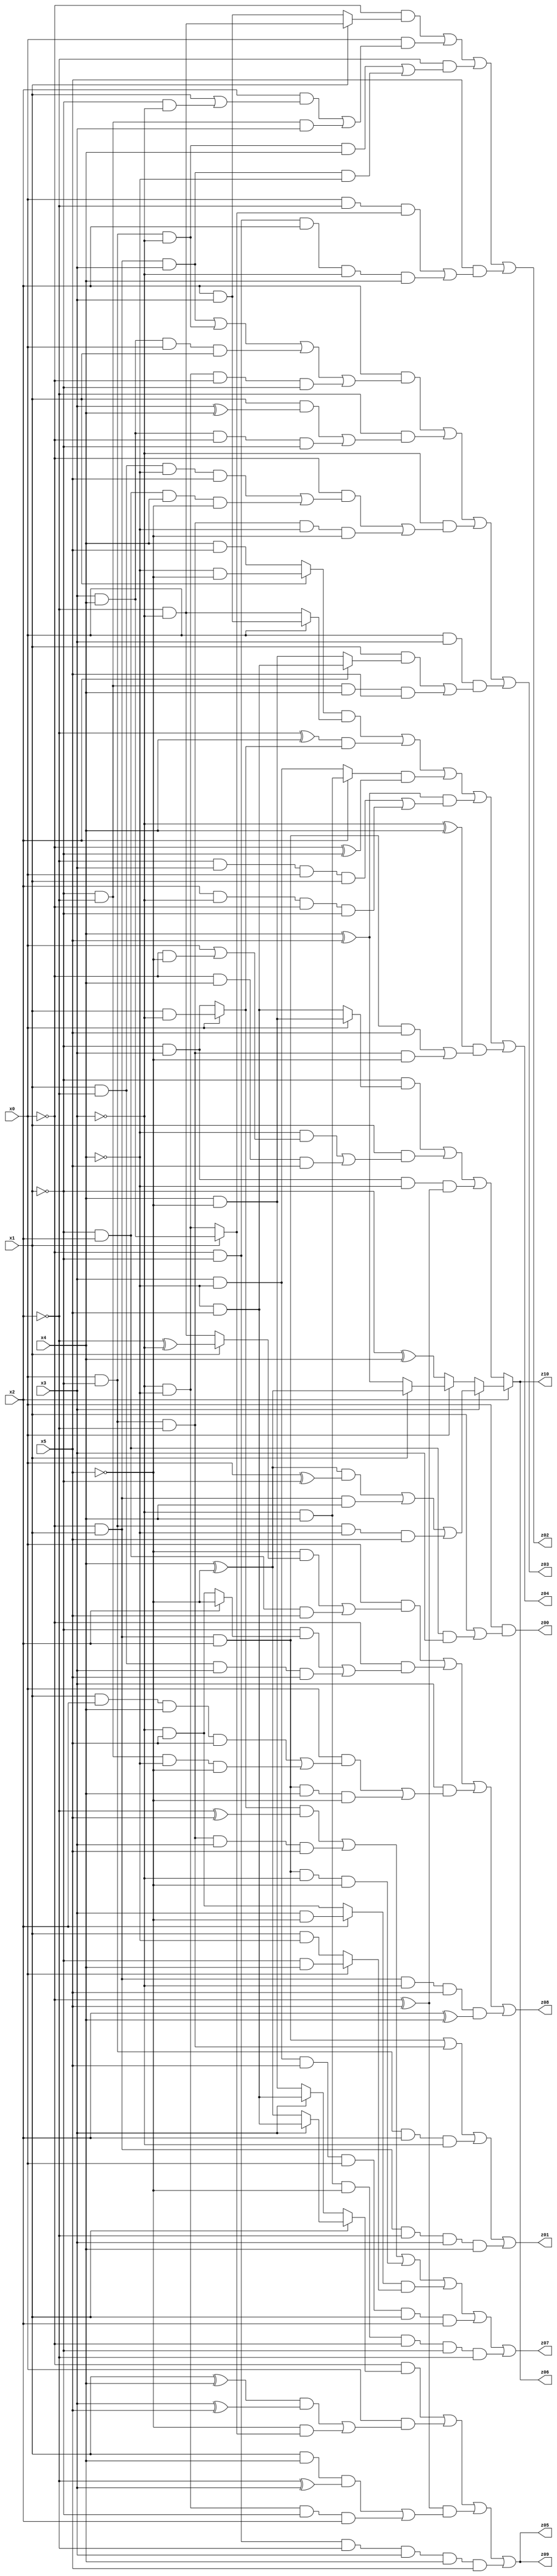
// Benchmark "q_1" written by ABC on Tue Jul 11 01:51:32 2023

module q_1 ( 
    x0, x1, x2, x3, x4, x5,
    z00, z01, z02, z03, z04, z05, z06, z07, z08, z09, z10  );
  input  x0, x1, x2, x3, x4, x5;
  output z00, z01, z02, z03, z04, z05, z06, z07, z08, z09, z10;
  assign z00 = x0 & (x1 | (~x1 & x2 & x3));
  assign z01 = (~x0 & x1 & x2) | (x0 & ~x1 & ~x2) | (x0 & ~x1 & x2 & ~x3) | (~x0 & x1 & ~x2 & x3 & x4);
  assign z02 = (~x0 & (x1 ? (~x2 & ~x3) : (x2 & x3))) | (x0 & ((x2 & (x1 | (~x1 & ~x3))) | (~x1 & ~x2 & x3))) | (~x2 & ((x0 & ~x1 & ~x3 & x4) | (~x0 & x1 & x3 & ~x4))) | (x5 & ((x0 & ~x2 & (x1 ? (x3 & x4) : (~x3 & ~x4))) | (~x0 & ~x1 & x2 & ~x3 & x4)));
  assign z03 = (x2 & ((~x0 & x1 & x3) | (x0 & ~x1 & ~x3) | (x3 & x4 & x0 & x1) | (~x3 & ~x4 & ~x0 & ~x1))) | (~x2 & ((x1 & (x3 ^ x4)) | (x3 & x4 & ~x0 & ~x1))) | (~x3 & ((~x0 & ((x1 & ~x2 & ~x4 & x5) | (~x1 & x2 & x4 & ~x5))) | (x0 & ~x1 & ~x2 & ~x4 & ~x5))) | (x0 & x3 & ((x1 & (x2 ? (~x4 & x5) : (x4 & ~x5))) | (~x1 & ~x2 & x4 & x5)));
  assign z04 = ((x1 ? (~x4 & ~x5) : (x4 & x5)) & (x0 ? (x2 & x3) : (~x2 & ~x3))) | ((~x2 ^ x4) & (x0 ? (x1 & ~x3) : (~x1 & x3))) | ((x2 ? (~x3 & x4) : (x3 & ~x4)) & (~x0 ^ ~x1)) | ((x4 ^ x5) & ((~x2 & x3 & x0 & x1) | (x2 & ~x3 & ~x0 & ~x1))) | ((~x3 ^ x4) & ((~x0 & x1 & x2 & x5) | (x0 & ~x1 & ~x2 & ~x5)));
  assign z05 = (~x0 & (x1 ? (x3 ? (~x4 & x5) : (x4 ^ ~x5)) : (x3 ? (~x4 & x5) : (x4 & ~x5)))) | (x0 & (((x1 ^ x4) & (x3 ^ x5)) | (~x5 & (x1 ? (x3 & x4) : (~x3 & ~x4))))) | ((~x0 ^ x5) & ((x1 & x4 & (~x2 ^ x3)) | (~x3 & ~x4 & ~x1 & x2))) | (~x0 & ~x1 & ~x2 & x3 & x4 & x5);
  assign z06 = x2 ? (x3 ? (((x4 ^ ~x5) & (x0 ^ ~x1)) | (~x0 & x1 & x4) | (x0 & ~x1 & ~x4 & x5)) : (x0 ? (x1 ? (x4 ^ ~x5) : (x4 ^ x5)) : (~x1 ^ x4))) : ((~x1 & (x0 ? (x4 & ~x5) : (~x4 & x5))) | (x1 & ((~x4 & (x0 | (~x0 & ~x5))) | (~x0 & x4 & x5))) | (~x1 & x3 & ~x4 & (~x0 ^ x5)));
  assign z07 = ((x0 ? (x1 & ~x3) : (~x1 & x3)) & (~x2 ^ x5)) | (x0 & ~x1 & ~x2 & x3 & x5) | (~x0 & x1 & x2 & ~x3 & ~x5) | ((x2 ? (x3 & ~x5) : (~x3 & x5)) & (x0 ? (~x1 & x4) : (x1 & ~x4))) | (x3 & ~x4 & x5 & x0 & x1 & x2) | (~x3 & x4 & ~x5 & ~x0 & ~x1 & ~x2);
  assign z08 = (x0 & ((~x5 & (x1 ? (~x2 ^ ~x3) : (~x2 & ~x3))) | (~x1 & x2 & x5))) | (~x0 & ((~x1 & (x2 ? ~x5 : (~x3 & x5))) | (x1 & ~x2 & x3 & x5))) | (x3 & ((x0 & ((x1 & x2 & x4 & x5) | (~x1 & ~x2 & ~x4 & ~x5))) | (~x0 & x1 & x2 & x4 & ~x5))) | (~x0 & x1 & ~x3 & x5 & (x2 ^ x4));
  assign z09 = (~x0 & (x1 ? (x3 ? (~x4 & x5) : (x4 ^ ~x5)) : (x3 ? (~x4 & x5) : (x4 & ~x5)))) | (x0 & (((x1 ^ x4) & (x3 ^ x5)) | (~x5 & (x1 ? (x3 & x4) : (~x3 & ~x4))))) | ((~x0 ^ x5) & ((x1 & x4 & (~x2 ^ x3)) | (~x3 & ~x4 & ~x1 & x2))) | (~x0 & ~x1 & ~x2 & x3 & x4 & x5);
  assign z10 = x2 ? (x3 ? (((x4 ^ ~x5) & (x0 ^ ~x1)) | (~x0 & x1 & x4) | (x0 & ~x1 & ~x4 & x5)) : (x0 ? (x1 ? (x4 ^ ~x5) : (x4 ^ x5)) : (~x1 ^ x4))) : ((~x1 & (x0 ? (x4 & ~x5) : (~x4 & x5))) | (x1 & ((~x4 & (x0 | (~x0 & ~x5))) | (~x0 & x4 & x5))) | (~x1 & x3 & ~x4 & (~x0 ^ x5)));
endmodule